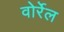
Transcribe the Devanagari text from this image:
वोर्रेल